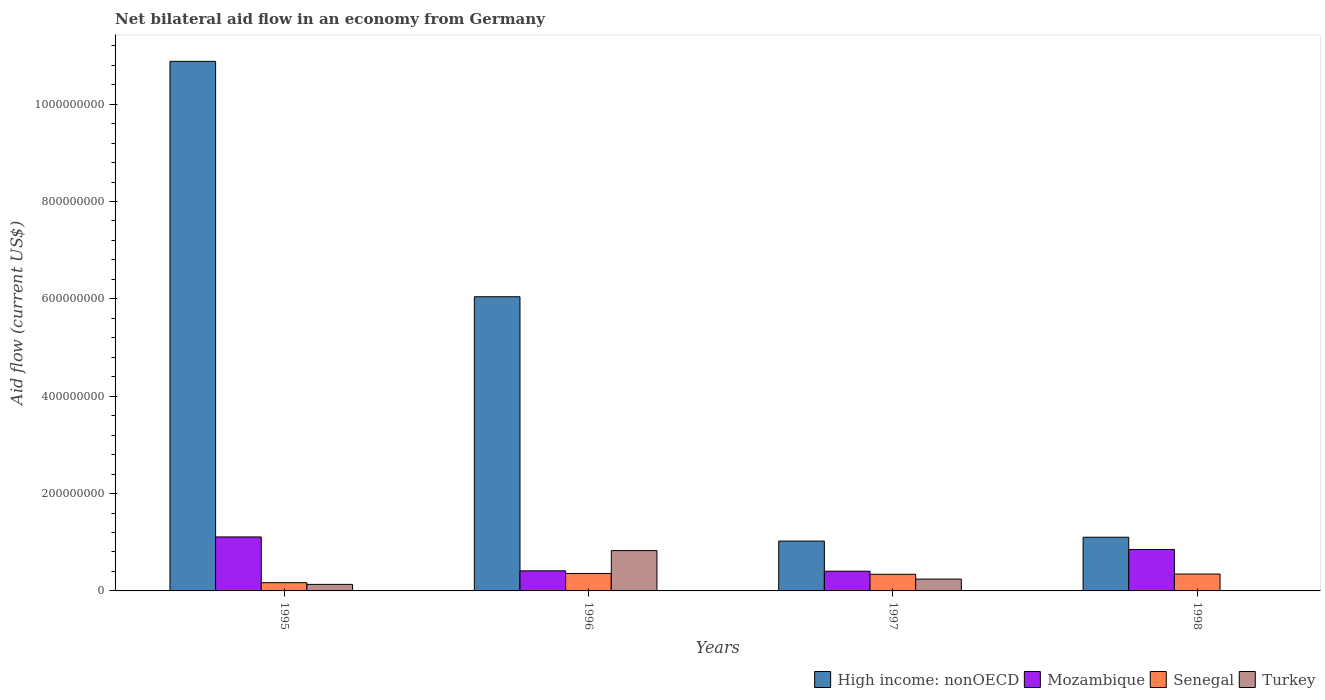
| Years | High income: nonOECD | Mozambique | Senegal | Turkey |
 | --- | --- | --- | --- | --- |
 | 1995 | 1.09e+09 | 1.11e+08 | 1.7e+07 | 1.34e+07 |
 | 1996 | 6.04e+08 | 4.13e+07 | 3.58e+07 | 8.28e+07 |
 | 1997 | 1.02e+08 | 4.05e+07 | 3.42e+07 | 2.43e+07 |
 | 1998 | 1.1e+08 | 8.52e+07 | 3.47e+07 | -1.21e+07 |